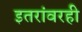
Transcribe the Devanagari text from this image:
इतरांवरही